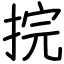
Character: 捖